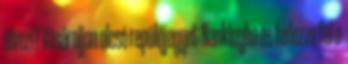
élvezi? Vásároljon olcsó repülőjegyet Nankingba és fedezze fel a